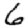
Digit: 6